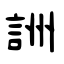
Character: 詶